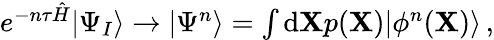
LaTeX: \begin{array}{r}{e^{-n\tau\hat{H}}|\Psi_{I}\rangle\rightarrow|\Psi^{n}\rangle=\int\mathrm{d}\textbf{X}p(\textbf{X})|\phi^{n}(\textbf{X})\rangle\, ,}\end{array}